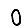
Digit: 0